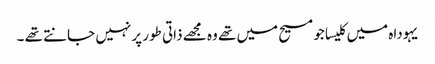
یہوداہ میں کلیسا جو مسیح میں تھے وہ مجھے ذاتی طور پر نہیں جانتے تھے ۔